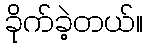
ခိုက်ခဲ့တယ်။